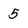
Character: 5